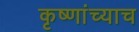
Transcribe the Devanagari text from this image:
कृष्णांच्याच